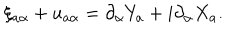
\xi _ { a \alpha } + u _ { a \alpha } = \partial _ { \alpha } Y _ { a } + i \partial _ { \alpha } X _ { a } .